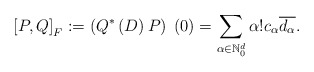
\begin{align*}\left[ P,Q\right] _{F}:=\left( Q^*\left( D\right) P\right)\;(0)=\sum_{\alpha \in \mathbb{N}_{0}^{d}}\alpha !c_{\alpha }\overline{d_{\alpha }}. \end{align*}